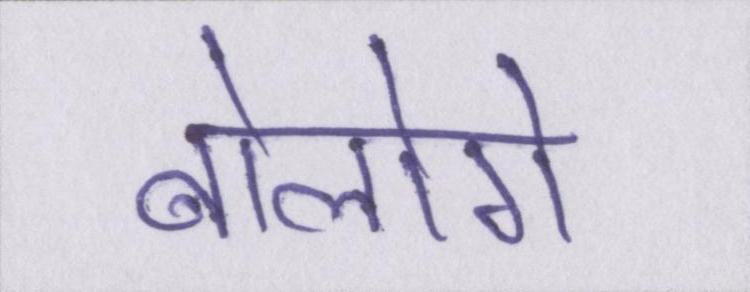
बोलोगे